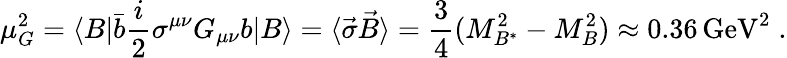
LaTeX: \mu_{G}^{2}=\langle B|{\bar{b}}\frac{i}{2}\sigma^{\mu\nu}G_{\mu\nu}b|B\rangle=\langle{\vec{\sigma}}{\vec{B}}\rangle=\frac{3}{4}(M_{B^{*}}^{2}-M_{B}^{2})\approx 0.36\, \mathrm{GeV}^{2}\; .